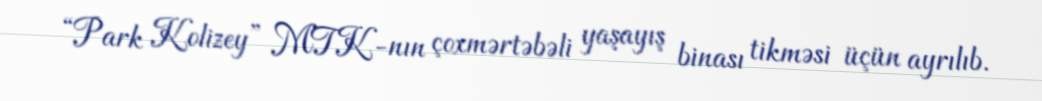
“Park Kolizey” MTK-nın çoxmərtəbəli yaşayış binası tikməsi üçün ayrılıb.